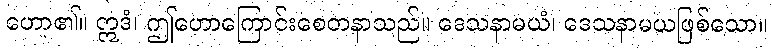
ဟော၏။ ဣဒံ၊ ဤဟောကြောင်းစေတနာသည်။ ဒေသနာမယံ၊ ဒေသနာမယဖြစ်သော။